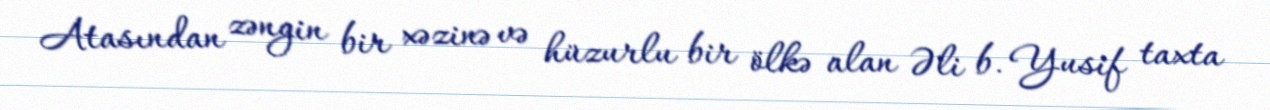
Atasından zəngin bir xəzinə və hüzurlu bir ölkə alan Əli b. Yusif taxta